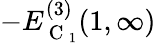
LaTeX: -E_{\mathrm{~C~}_{1}}^{(3)}(1,\infty)